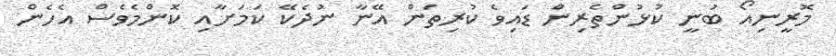
މޮރީނިއޯ ބުނީ ކުޅުންތެރިން ޑައިވެ ކުރިތަން އޭނާ ނުދެކޭ ކަމަށާއި ކޮންމެވެސް އެހެން